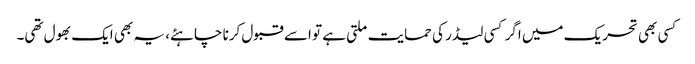
کسی بھی تحریک میں اگر کسی لیڈر کی حمایت ملتی ہے تو اسے قبول کرنا چاہئے، یہ بھی ایک بھول تھی۔